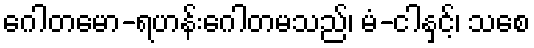
ဂေါတမော-ရဟန်းဂေါတမသည်၊ မံ-ငါနှင့်၊ သစေ